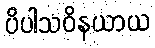
ပိပါသဝိနယာယ